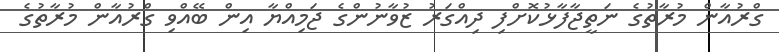
ގްރުއާން މުރާތުގެ ނަތީޖާފާޅުކޮށްފި ދިއްގަރު ޒުވާނުންގެ ޖަމިއްޔާ އިން ބޭއްވި ގްރުއާން މުރާތުގެ